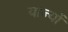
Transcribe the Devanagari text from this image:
याज्यों